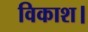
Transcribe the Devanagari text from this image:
विकाश।